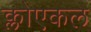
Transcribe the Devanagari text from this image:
क्लोएकल